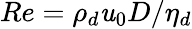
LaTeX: Re={{\rho}_{d}}{{\mathit{u}}_{0}}D/{{\eta}_{d}}